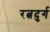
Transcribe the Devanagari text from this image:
रत्नदुर्ग